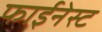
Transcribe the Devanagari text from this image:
फाईनेस्ट